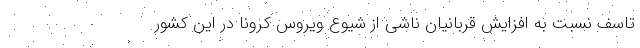
تاسف نسبت به افزایش قربانیان ناشی از شیوع ویروس کرونا در این کشور